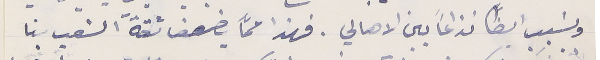
ويسَبب ايضًا نذاعاً بين الاهالي. فهذا عمَّا يضعف ثقة الشعب بنا